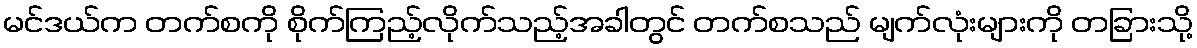
မင်ဒယ်က တက်စကို စိုက်ကြည့်လိုက်သည့်အခါတွင် တက်စသည် မျက်လုံးများကို တခြားသို့